Annual report of the Central Committee of the Association together with the report of the directors of the Pasteur Institute at Kasauli
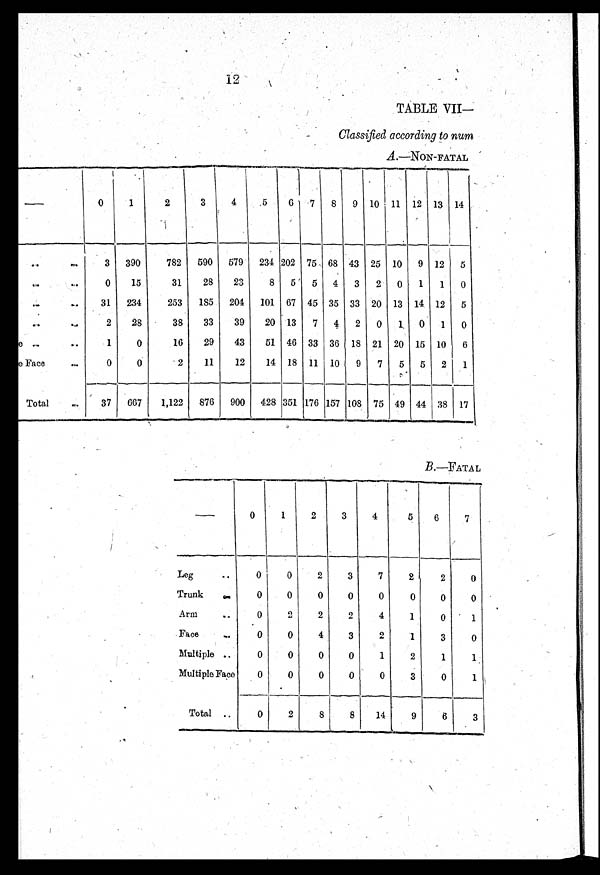
TABLE VII
Classified according to num
A.—NON-FATAL
— 0
1
2
3
4
5 6 7 8 9 10 11 12 13 14
Leg
..
. .
3 390
782 590 579 234 202 75 68 43 25 10 9 12 5
Trunk
. .
0 15
31 28 23
8 5 5 4 3 2 0 1 1 0
Arm
. .
31 234
253 185 204 101 67 45 35 33 20 13 14 12 5
Face
. .
2 28
38 33 39 20 13 7 4 2 0 1 0 1 0
Multiple
. .
1
0
16 29 43 51 46 33 36 18 21 20 15 10 6
Multiple Face
e ..
0
0
2 11 12 14 18 11 10 9 7 5 5 2 1
Total . .
37 667 1,122 876 900 428 351 176 157 108 75 49 44 38 17
B.—FATAL
—
0
1
2
3
4
5 6
7
Leg
..
0
0
2
3
7
2
2
0
Trunk ..
0
0
0
0
0
0
0
0
Arm
.. 0
2
2
2
4
1
0
1
Face
..
0
0
4
3
2
1
3
0
Multiple ..
0
0
0
0
1
2
1
1
Multiple Face 0
0
0
0
0
3
0
1
Total ..
0
2
8
8 14
9
6 3